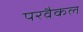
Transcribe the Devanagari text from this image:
परवैकल